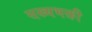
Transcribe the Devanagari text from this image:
सख्यभक्ती